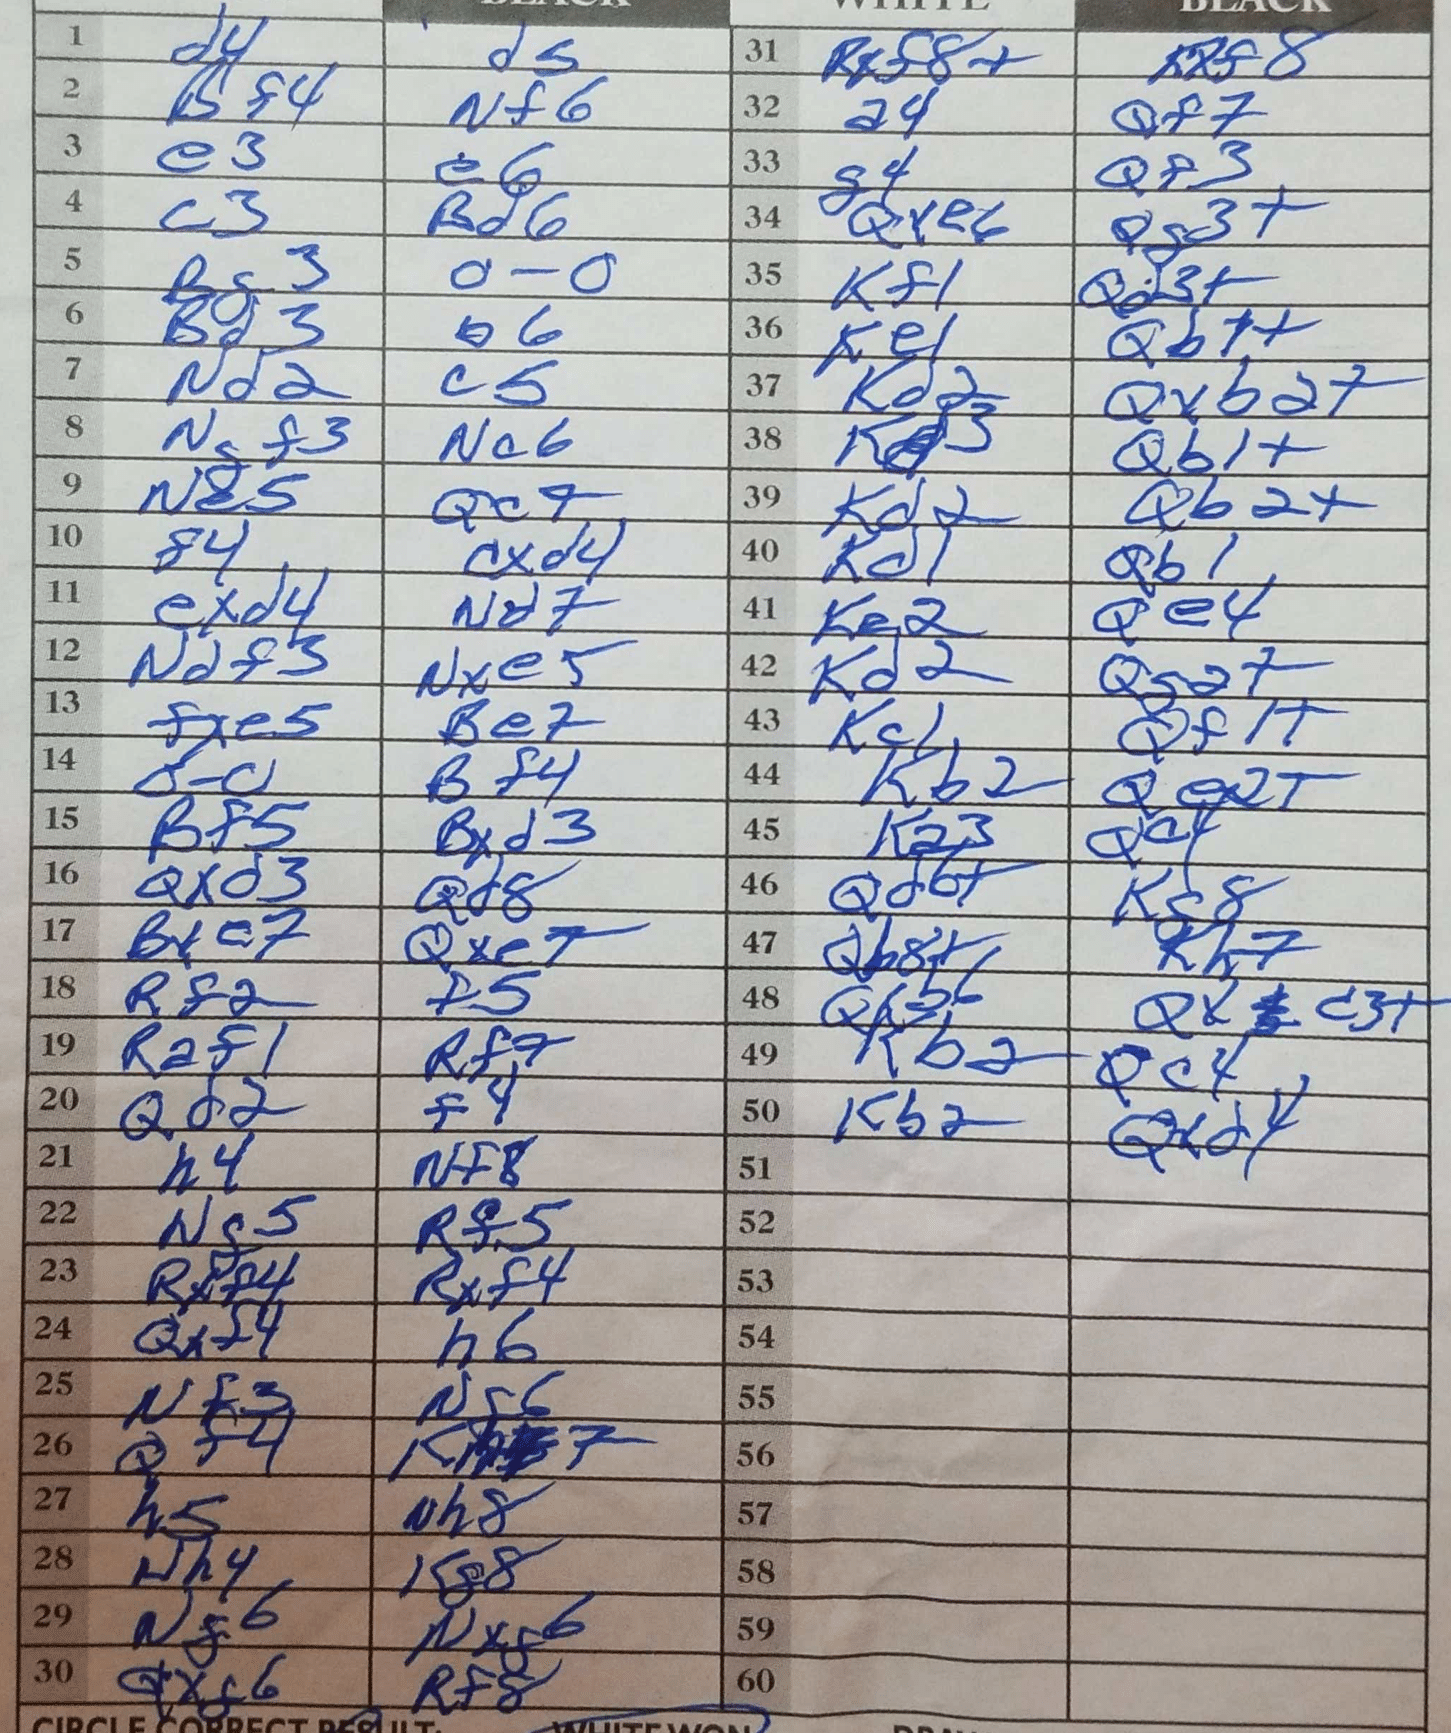
Moves: d4 d5 Bf4 Nf6 e3 e6 c3 Bd6 Bg3 O-O Bd3 b6 Nd2 c5 Ngf3 Nc6 Ne5 Qc7 f4 cxd4 exd4 Nd7 Ndf3 Nxe5 fxe5 Be7 O-O Bf4 Bf5 Bxd3 Qxd3 Qd8 Bxe7 Qxe7 Rf2 f5 Raf1 Rf7 Qd2 f4 h4 Nf8 Ng5 Rf5 Rxf4 Rxf4 Qxf4 h6 Nf3 Ng6 Qf4 Kh7 h5 h8 Nh4 Kg8 Ng6 Nxg6 Qxf6 Rf8 Rxf8+ Kxf8 a4 Qf7 g4 Qf3 Qxe6 Qg3+ Kf1 Qd3+ Ke1 Qb7+ Kd2 Qxb2+ Kd3 Qb1+ Kd2 Qb2+ Kd1 Qb1 Ke2 Qe4 Kd2 Qg2+ Kc1 Qf1+ Kb2 Qe2+ Ka3 Qc4 Qd6+ Kc8 Qb8+ Kh7 Qxb6 Qxc3+ Kb2 Qc4 Kb2 Qxd4